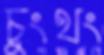
চুংথং